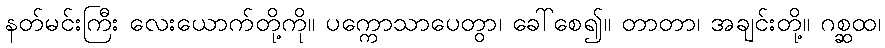
နတ်မင်းကြီး လေးယောက်တို့ကို။ ပက္ကောသာပေတွာ၊ ခေါ်စေ၍။ တာတာ၊ အချင်းတို့။ ဂစ္ဆထ၊